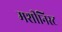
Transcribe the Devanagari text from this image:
मशीनिस्ट